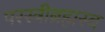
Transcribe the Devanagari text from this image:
परस्त्रीब्रह्मस्व